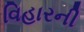
વિહારની